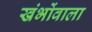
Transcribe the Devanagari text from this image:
खंभोंवाला